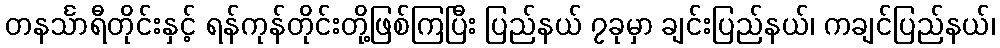
တနင်္သာရီတိုင်းနှင့် ရန်ကုန်တိုင်းတို့ဖြစ်ကြပြီး ပြည်နယ် ၇ခုမှာ ချင်းပြည်နယ်၊ ကချင်ပြည်နယ်၊